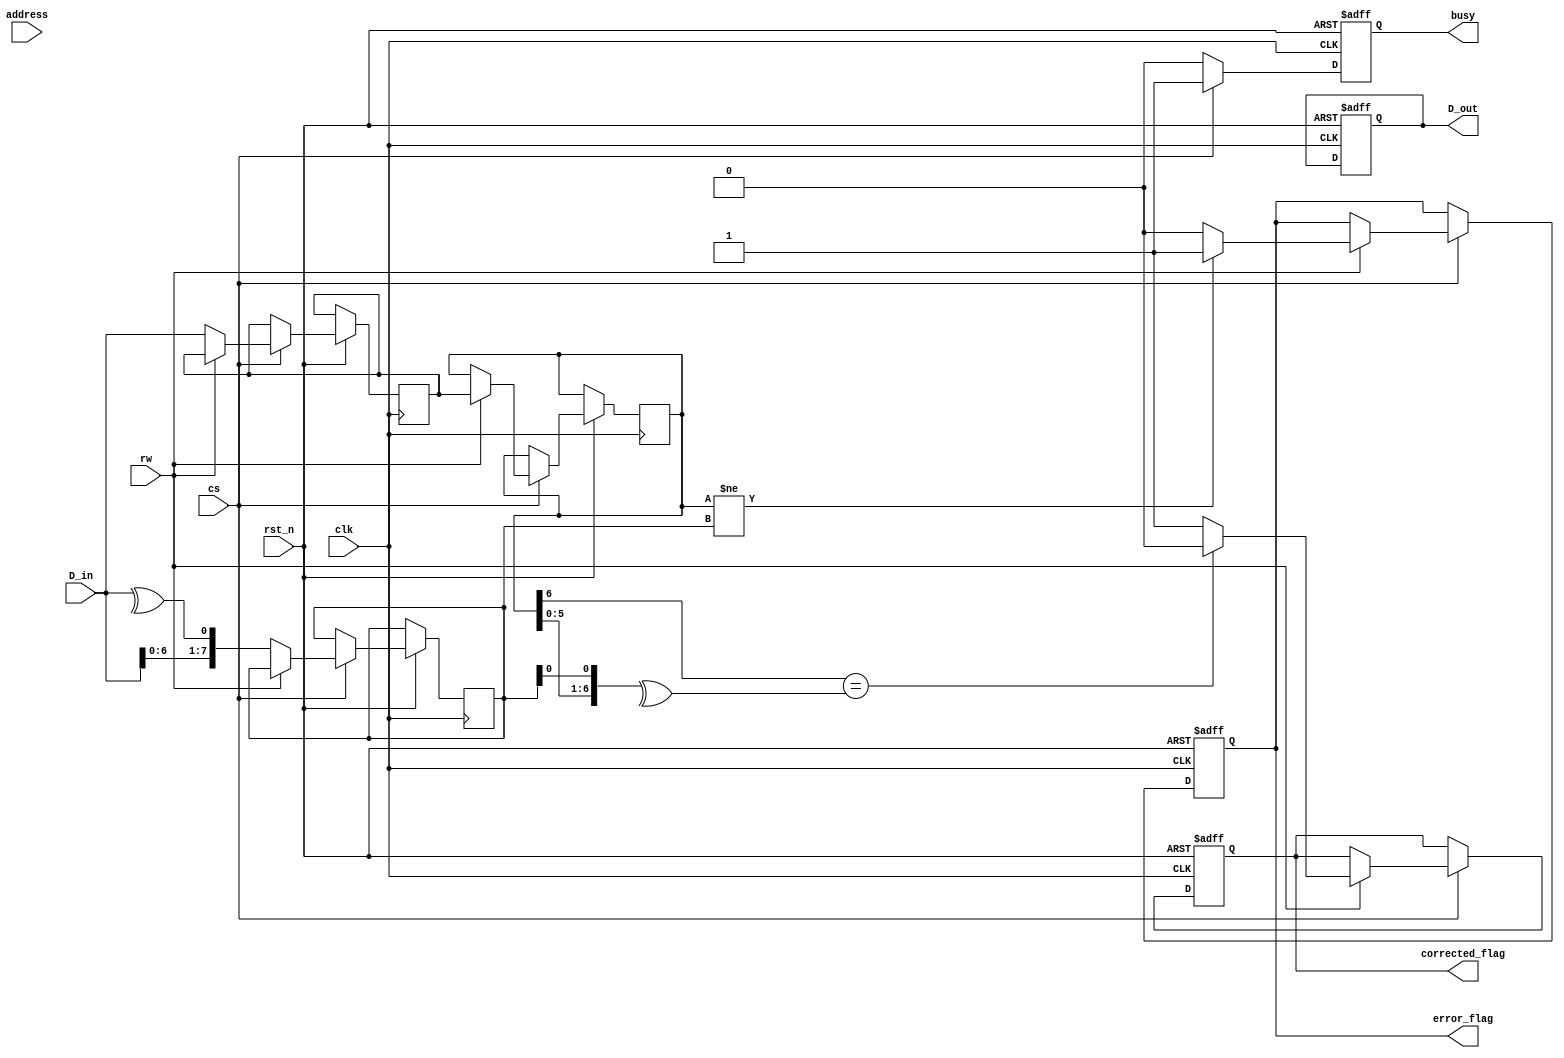
module ecc_dram_io_block (
    input wire clk,
    input wire rst_n,
    input wire [7:0] D_in,          // Input Data Lines
    output reg [7:0] D_out,         // Output Data Lines
    input wire rw,                  // Read/Write control (1 for read, 0 for write)
    input wire cs,                  // Chip Select
    input wire [15:0] address,      // Address Lines
    output reg busy,                // Busy signal
    output reg error_flag,          // Error detected signal
    output reg corrected_flag        // Corrected error signal
);

// Internal Signals
reg [7:0] data_buffer;             // Input buffer
reg [7:0] ecc_buffer;              // ECC buffer
reg [7:0] data_out_buffer;         // Output buffer
reg [7:0] corrected_data;          // Corrected data storage

// ECC Encoding and Decoding
// (For simplicity, basic parity check is presented. Replace with actual ECC logic as necessary)
function [7:0] ecc_encode(input [7:0] data);
    // Implement ECC encoding logic here
    // Example: Simple parity bit (parity as LSB)
    ecc_encode = {data[6:0], ^data};  // Add parity bit as LSB
endfunction

function [7:0] ecc_decode(input [7:0] data);
    // Implement ECC decoding logic here
    // Example: Check parity, returning corrected data
    if (data[7] == ^data[6:0]) begin
        ecc_decode = data[6:0]; // No error
        corrected_flag = 0;
    end else begin
        ecc_decode = data[6:0]; // Error detected, return no correction for simplicity
        corrected_flag = 1;  // Indicating an error was detected
    end
endfunction

always @(posedge clk or negedge rst_n) begin
    if (!rst_n) begin
        busy <= 0;
        D_out <= 0;
        error_flag <= 0;
        corrected_flag <= 0;
    end else begin
        if (cs) begin
            busy <= 1;
            if (!rw) begin // Write operation
                data_buffer <= D_in; // Store input data in buffer
                ecc_buffer <= ecc_encode(D_in); // Generate ECC
                // Simulate writing data and ECC to DRAM (Address and memory not modeled)
            end else begin // Read operation
                // Simulate reading data and ECC from DRAM (Address and memory not modeled)
                data_out_buffer <= data_buffer; // Assume we read buffered data
                d_out <= ecc_decode({data_out_buffer[6:0], ecc_buffer[0]}); // Decode ECC
                if (data_out_buffer != ecc_buffer) begin
                    error_flag <= 1; // Set error flag
                end else begin
                    error_flag <= 0; // Clear error flag
                end
            end
        end else begin
            busy <= 0; // CS low means not busy
        end
    end
end

endmodule